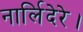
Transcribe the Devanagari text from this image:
नार्लिदेरे।